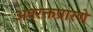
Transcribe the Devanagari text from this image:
अवरक्तप्रारणे